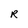
Character: R